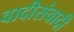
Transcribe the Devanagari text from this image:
वादीसंवादी